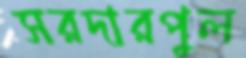
সরদারপুল